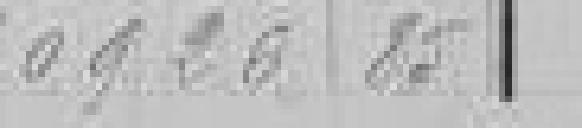
40920 85